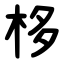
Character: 栘